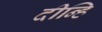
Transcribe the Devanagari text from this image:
दीन्हि